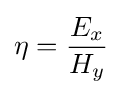
\eta ={E_{x} \over H_{y}}